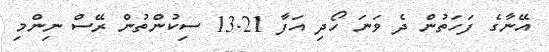
އޭނާގެ ފަހަތުން ދެ ވަނަ ހޯދި އަފާ 13.21 ސިކުންތުން ރޭސް ނިންމި